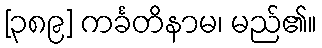
[၃၈၉] ကင်္ခတိနာမ၊ မည်၏။